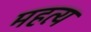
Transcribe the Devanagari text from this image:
महत्य